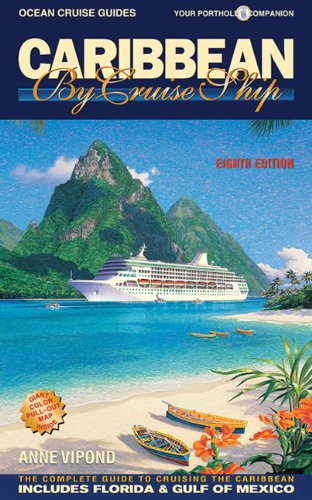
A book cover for Caribbean By Cruise Ship: The Complete Guide To Cruising The Caribbean; Anne Vipond; Travel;